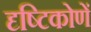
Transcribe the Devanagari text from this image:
दृष्टिकोणें